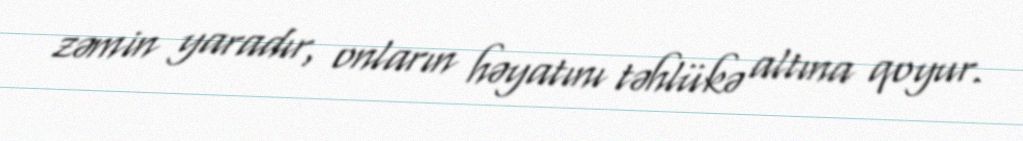
zəmin yaradır, onların həyatını təhlükə altına qoyur.